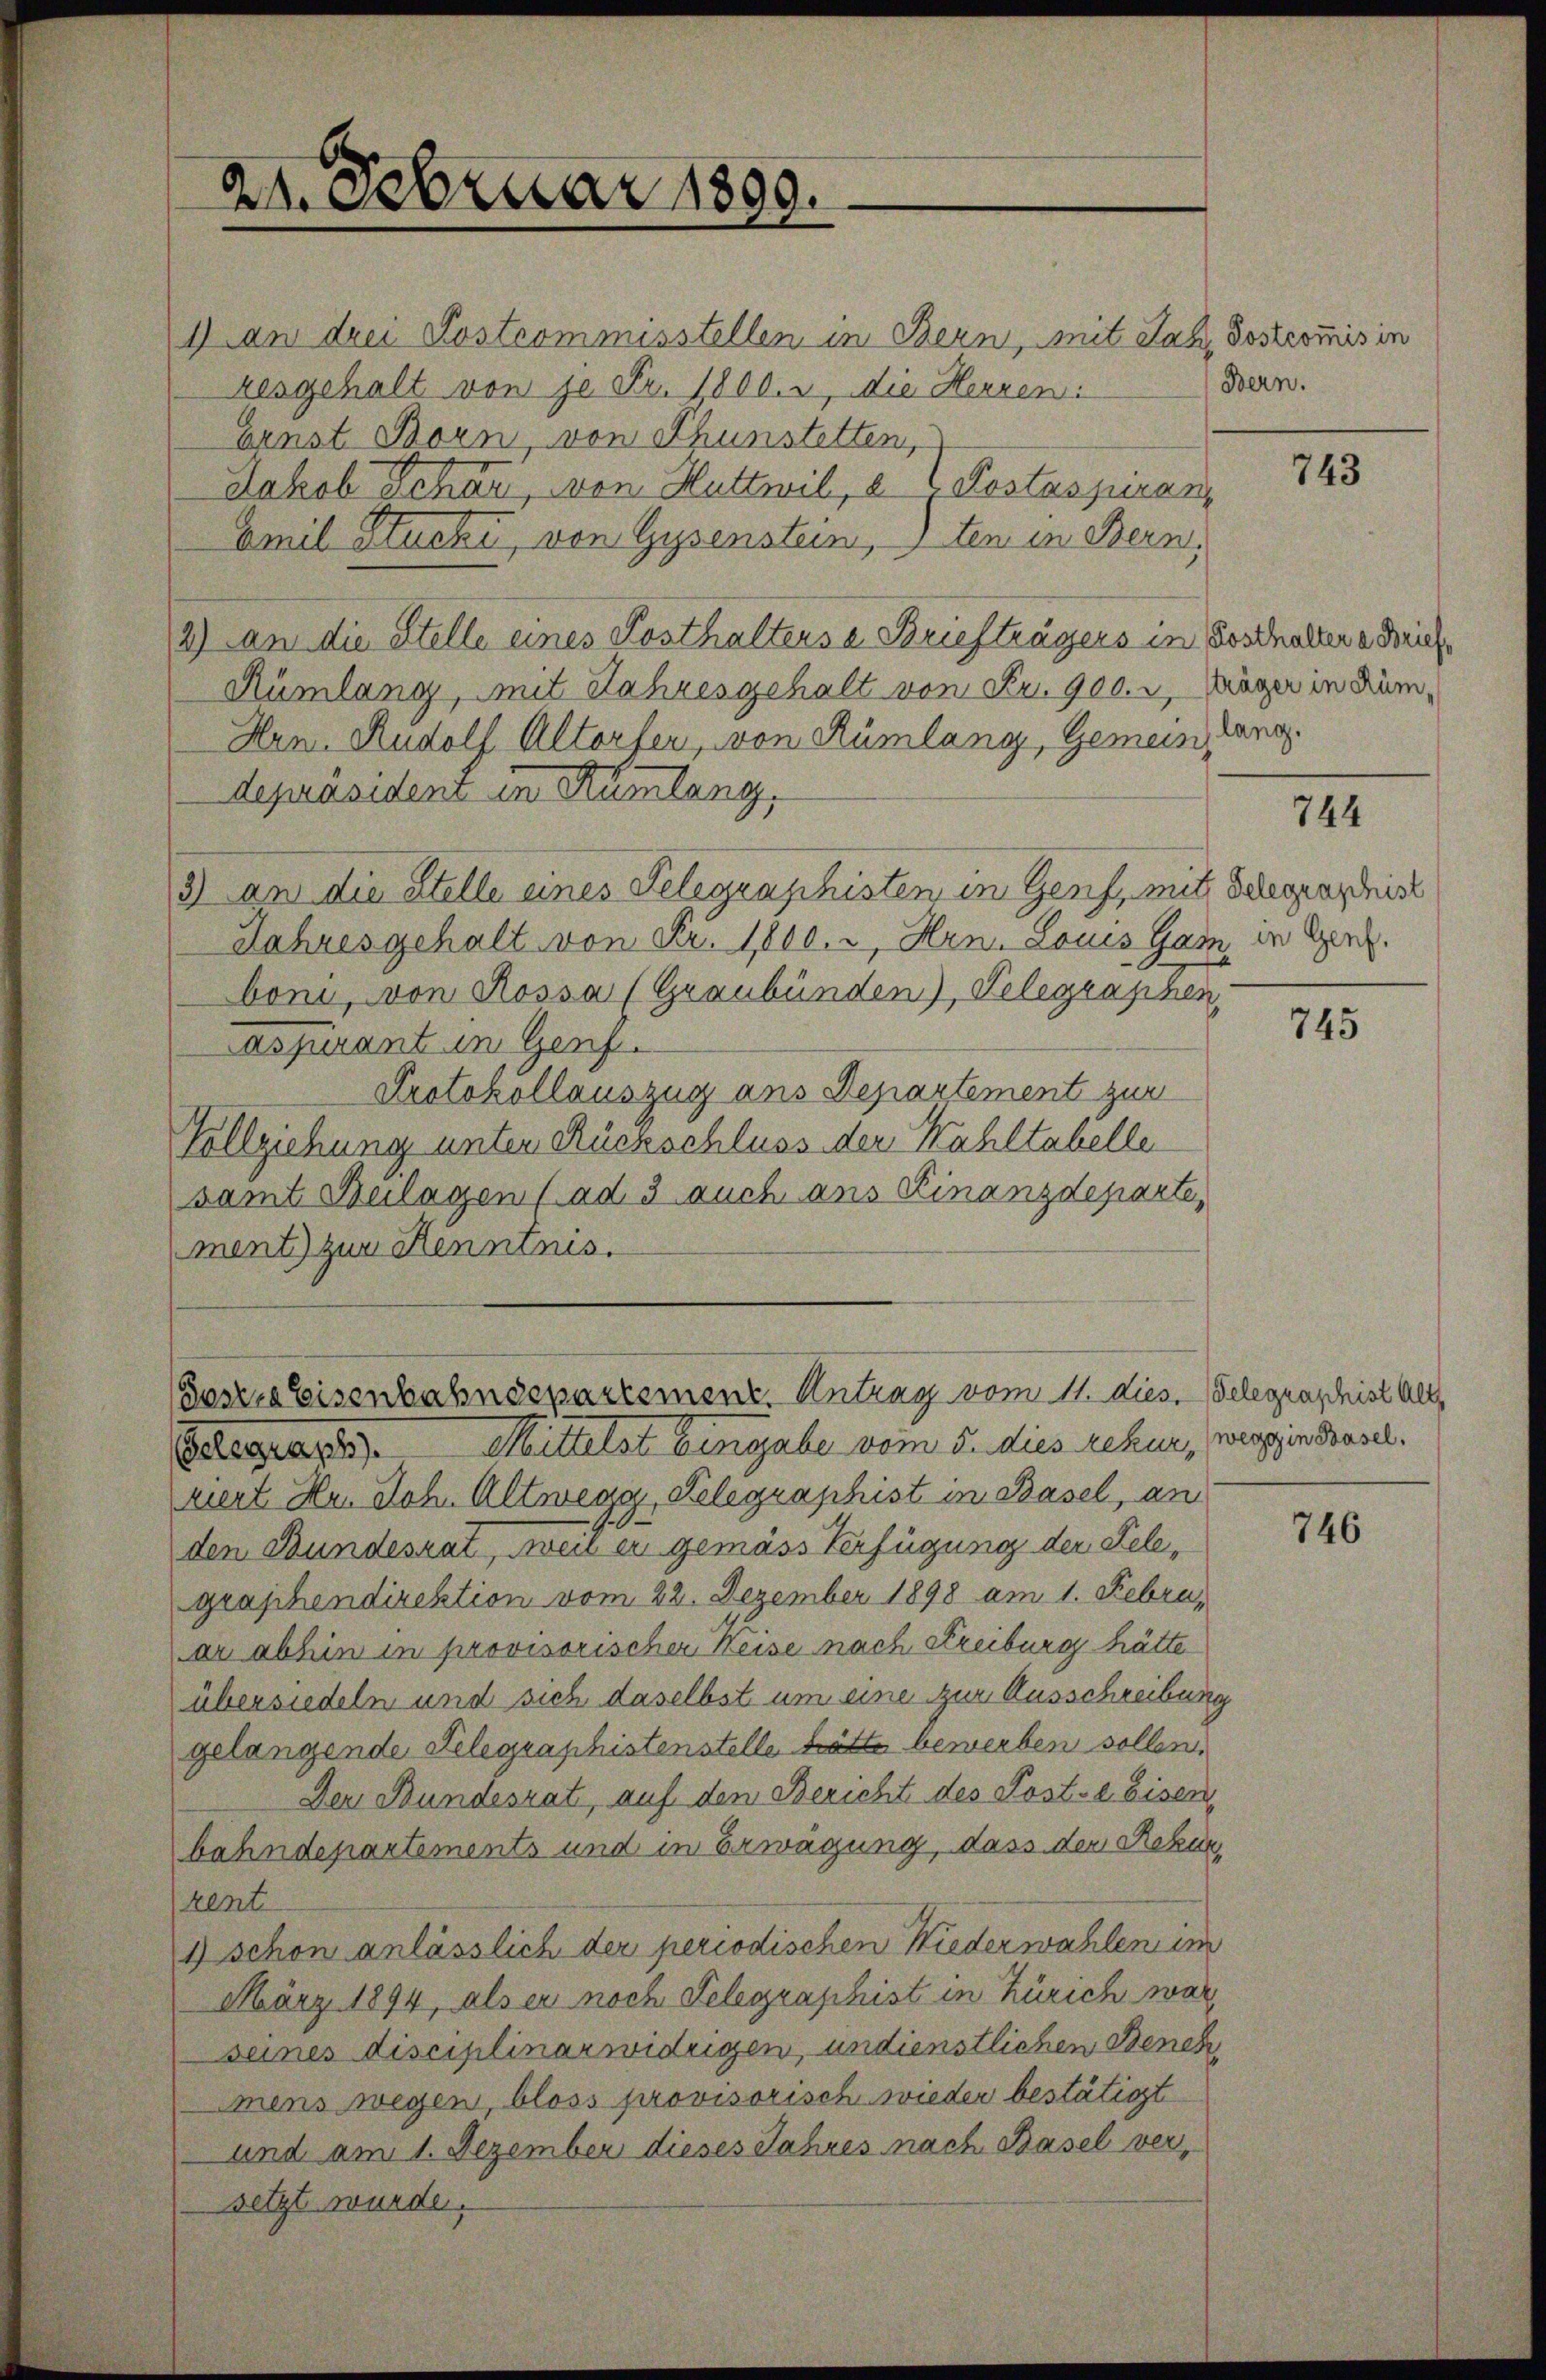
21. Februar 1800.

1) an drei Postcommisstellen in Bern, mit Jak. Postcommis in
kesgehalt von je Fr. 1800. u. die Herren:
Ernst Born, von Thunstetten,
Jakob Schär, von Huttwil, 2 (Postaspiran¬
Amil Stucki, von Gysenstein, ten in Bern,
2) an die Stelle eines Posthaltens an Briefträgers in Beschaltere dreich
Rümlang, mit Jahresgehalt von Fr. 900. r, Däger in Rüm¬
Hrn. Rudolf Altorfen, von Rümlang, Gemein Gang.
depräsident in Rümlang,
3) an die Stelle eines Telegraphisten in Genf, mit Belegenschrist
Jahres gehalt von Fr. 1800. u Hrn. Louis Gade in Ger.
boni, von Rossa (Graubünden), Telegraphen
Aspirant in Genf.
Protokollauszug ans Departement zur
Vollziehung unter Rückschluss der Wahltabelle
samt Beilagen (ad 3 auch ans Finanzdeparte,
ment zur Kenntnis.

Bern.

Soszes Eisenbahndepartement. Antrag vom 11. dies. Gelegraschist Alt

Belegraph. Mittelst Eingabe vom 5. dies rekur, paggons Basel.
ziert Hr. Joh. Altwegg, Telegraphist in Basel, an
den Bundesrat, weil er gemäss Verfügung der Telegraphendirektion vom 22. Dezember 1898 am 1. Febru,
ar abhin in provisorischer Reise nach Freiburg hätte
übersiedeln und sich daselbst um eine zur Ausschreibung
gelangende Telegraphistenstelle hätte bewerben sollen.
Der Bundesrat, auf den Bericht des Post-a Eisen,
bahndepartements und in Erwägung, dass den Rekurkent
1) schon anlässlich der periodischen Niederwahlen im
März 1894, als er noch Telegraphist in Zürich war
seines disciplinar widrigen, undienstlichen Benehmens wegen, bloss provisorisch wieder bestätigt
und am 1. Dezember dieses Jahres nach Basel versetzt wurde.

743

744

745

746